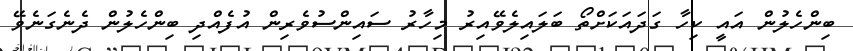
ބިންހެލުން އައީ ކިހާ ގަދައަކަށްތޯ ބަލައިލެވޭއިރު މިހާރު ސައިންސުވެރިން އުފެއްދި ބިންހެލުން ދެނެގަނެވޭ